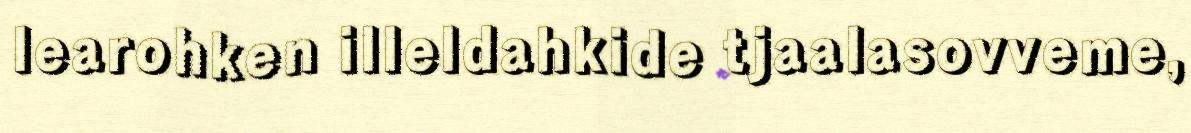
learohken illeldahkide tjaalasovveme,